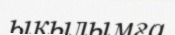
ықылымға